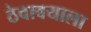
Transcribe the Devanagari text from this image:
ठेवावयाला